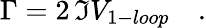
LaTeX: \Gamma=2\, \Im V_{1-loop}\quad.